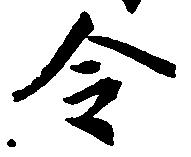
令